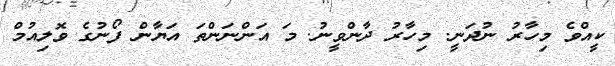
ކީއްވެ މިހާރު ނުދަނީ. މިހާރު ދާންވީނު. މަ އަންނަންތަ އަޔާން ފޯނުގެ ވޮލިއުމް